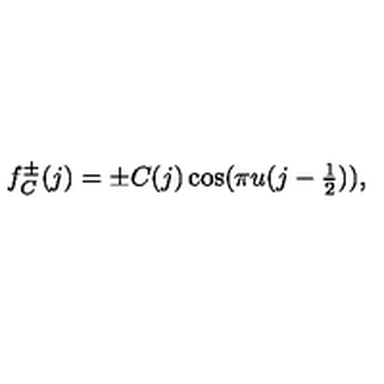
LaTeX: f _ { C } ^ { \pm } ( j ) = \pm C ( j ) \cos ( \pi u ( j - \textstyle \frac { 1 } { 2 } ) ) ,